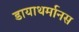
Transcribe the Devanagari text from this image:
डायाथर्मानस